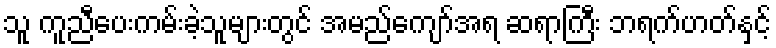
သူ ကူညီပေးကမ်းခဲ့သူများတွင် အမည်ကျော်အရ ဆရာကြီး ဘရက်ဟတ်နှင့်